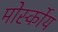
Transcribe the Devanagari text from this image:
मोर्स्कोय